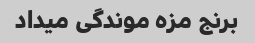
برنج مزه موندگی میداد